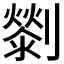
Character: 𠠓